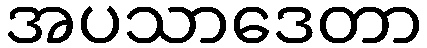
အပသာဒေတာ